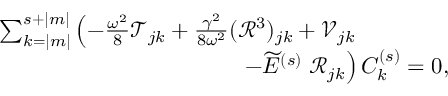
\begin{array} { r } { \sum _ { k = | m | } ^ { s + | m | } \left( - \frac { \omega ^ { 2 } } { 8 } \mathcal { T } _ { j k } + \frac { \gamma ^ { 2 } } { 8 \omega ^ { 2 } } ( \mathcal { R } ^ { 3 } ) _ { j k } + { \mathcal V } _ { j k } \right. \qquad \qquad } \\ { \left. - { \widetilde { E } } ^ { ( s ) } \; { \mathcal { R } } _ { j k } \right) C _ { k } ^ { ( s ) } = 0 , } \end{array}